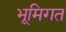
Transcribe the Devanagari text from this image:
भूमिगत